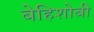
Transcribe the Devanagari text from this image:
बेहिशोबी